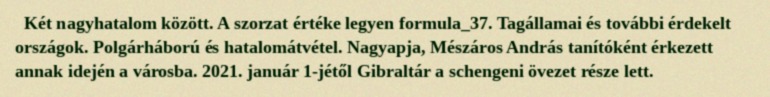
Két nagyhatalom között. A szorzat értéke legyen formula_37. Tagállamai és további érdekelt országok. Polgárháború és hatalomátvétel. Nagyapja, Mészáros András tanítóként érkezett annak idején a városba. 2021. január 1-jétől Gibraltár a schengeni övezet része lett.